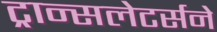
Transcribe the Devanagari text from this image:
ट्रान्सलेटर्सने